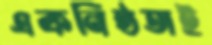
একনিষ্ঠতাই